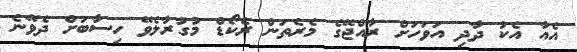
އެއާ އެކު ދާދި އަވަހަށް ރާއްޖޭގެ މެރެތަން ރެކޯޑް މުގުރާލެވޭ ހިސާބަށް ދެވޭނެ